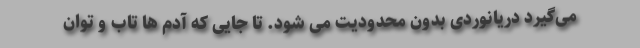
می‌گیرد دریانوردی بدون محدودیت می شود. تا جایی که آدم ها تاب و توان